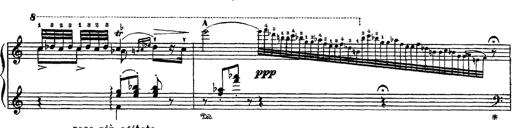
Title: Apparitions
Composer: Franz Liszt